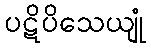
ပဋိပိသေယျုံ